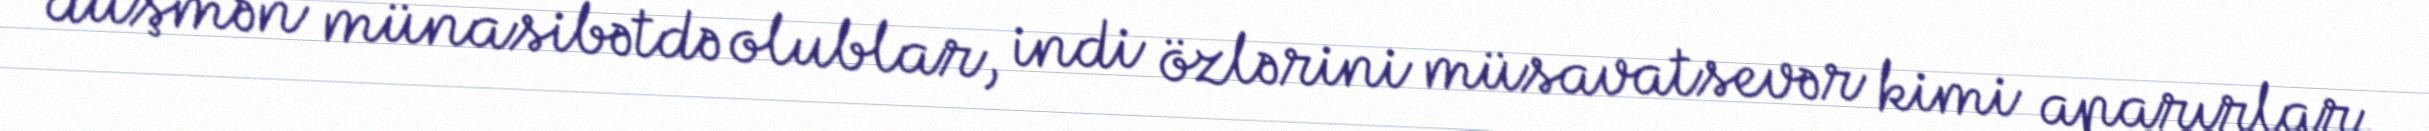
düşmən münasibətdə olublar, indi özlərini müsavatsevər kimi aparırlar.